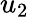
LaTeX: u_{2}